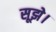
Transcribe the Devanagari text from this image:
सूझे।